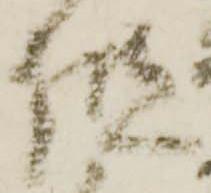
但